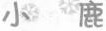
小鹿